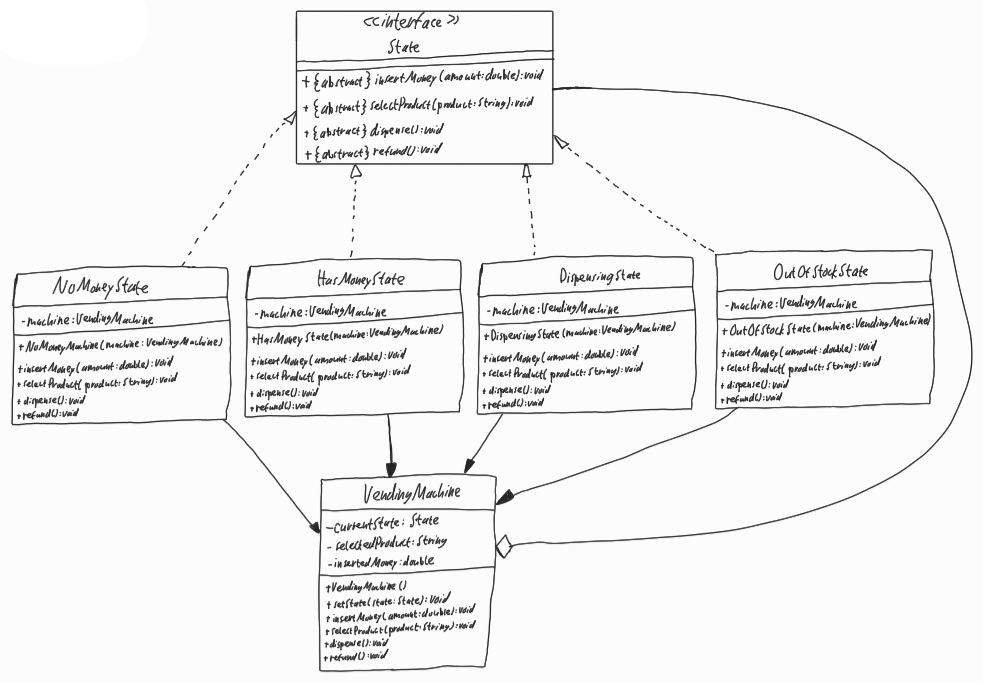
Diagram type: class_diagram
```plantuml
@startuml

interface State {
  + {abstract} insertMoney(amount: double): void
  + {abstract} selectProduct(product: String): void
  + {abstract} dispense(): void
  + {abstract} refund(): void
}

class NoMoneyState implements State {
  - machine: VendingMachine
  + NoMoneyMachine(machine: VendingMachine)
  + insertMoney(amount: double): void
  + selectProduct(product: String): void
  + dispense(): void
  + refund(): void
}

class HasMoneyState implements State {
  - machine: VendingMachine
  + HasMoneyState(machine: VendingMachine)
  + insertMoney(amount: double): void
  + selectProduct(product: String): void
  + dispense(): void
  + refund(): void
}

class DispensingState implements State {
  - machine: VendingMachine
  + DispensingState(machine: VendingMachine)
  + insertMoney(amount: double): void
  + selectProduct(product: String): void
  + dispense(): void
  + refund(): void
}

class OutOfStockState implements State {
  - machine: VendingMachine
  + OutOfStockState(machine: VendingMachine)
  + insertMoney(amount: double): void
  + selectProduct(product: String): void
  + dispense(): void
  + refund(): void
}

class VendingMachine {
  - currentState: State
  - selectedProduct: String
  - insertedMoney: double
  + VendingMachine()
  + setState(state: State): void
  + insertMoney(amount: double): void
  + selectProduct(product: String): void
  + dispense(): void
  + refund(): void
}

NoMoneyState --> VendingMachine

HasMoneyState --> VendingMachine

DispensingState --> VendingMachine

OutOfStockState --> VendingMachine

VendingMachine o-- State

@enduml
```